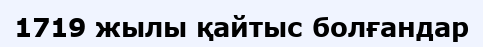
1719 жылы қайтыс болғандар